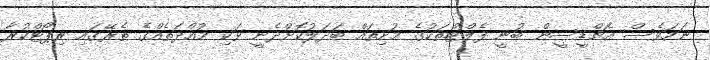
ނަމަވެސް އެޗްޑީސީން ބުނީ ފެލްޓްތަކުގެ މުށިތައް ބަދަލުކޮށްދެނީ ވަކި މުއްދަތެއްގެ ތެރޭގައި ރިޕޯޓްކުރާ